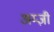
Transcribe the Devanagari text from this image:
अम्ज़ी